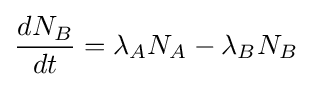
{\frac {dN_{B}}{dt}}=\lambda _{A}N_{A}-\lambda _{B}N_{B}